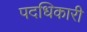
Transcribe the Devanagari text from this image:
पदधिकारी